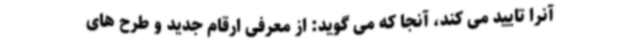
آنرا تایید می کند، آنجا که می گوید: از معرفی ارقام جدید و طرح های